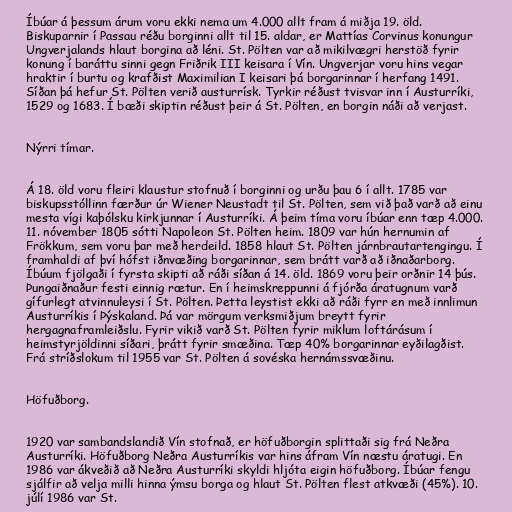
Íbúar á þessum árum voru ekki nema um 4.000 allt fram á miðja 19. öld.
Biskuparnir í Passau réðu borginni allt til 15. aldar, er Mattías Corvinus konungur
Ungverjalands hlaut borgina að léni. St. Pölten var að mikilvægri herstöð fyrir
konung í baráttu sinni gegn Friðrik III keisara í Vín. Ungverjar voru hins vegar
hraktir í burtu og krafðist Maximilian I keisari þá borgarinnar í herfang 1491.
Síðan þá hefur St. Pölten verið austurrísk. Tyrkir réðust tvisvar inn í Austurríki,
1529 og 1683. Í bæði skiptin réðust þeir á St. Pölten, en borgin náði að verjast.

Nýrri tímar.

Á 18. öld voru fleiri klaustur stofnuð í borginni og urðu þau 6 í allt. 1785 var
biskupsstóllinn færður úr Wiener Neustadt til St. Pölten, sem við það varð að einu
mesta vígi kaþólsku kirkjunnar í Austurríki. Á þeim tíma voru íbúar enn tæp 4.000.
11. nóvember 1805 sótti Napoleon St. Pölten heim. 1809 var hún hernumin af
Frökkum, sem voru þar með herdeild. 1858 hlaut St. Pölten járnbrautartengingu. Í
framhaldi af því hófst iðnvæðing borgarinnar, sem brátt varð að iðnaðarborg.
Íbúum fjölgaði í fyrsta skipti að ráði síðan á 14. öld. 1869 voru þeir orðnir 14 þús.
Þungaiðnaður festi einnig rætur. En í heimskreppunni á fjórða áratugnum varð
gífurlegt atvinnuleysi í St. Pölten. Þetta leystist ekki að ráði fyrr en með innlimun
Austurríkis í Þýskaland. Þá var mörgum verksmiðjum breytt fyrir
hergagnaframleiðslu. Fyrir vikið varð St. Pölten fyrir miklum loftárásum í
heimstyrjöldinni síðari, þrátt fyrir smæðina. Tæp 40% borgarinnar eyðilagðist.
Frá stríðslokum til 1955 var St. Pölten á sovéska hernámssvæðinu.

Höfuðborg.

1920 var sambandslandið Vín stofnað, er höfuðborgin splittaði sig frá Neðra
Austurríki. Höfuðborg Neðra Austurríkis var hins áfram Vín næstu áratugi. En
1986 var ákveðið að Neðra Austurríki skyldi hljóta eigin höfuðborg. Íbúar fengu
sjálfir að velja milli hinna ýmsu borga og hlaut St. Pölten flest atkvæði (45%). 10.
júlí 1986 var St.